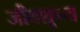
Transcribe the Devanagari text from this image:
जीवशून्य